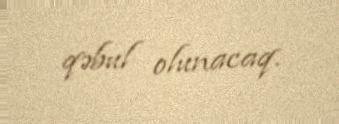
qəbul olunacaq.